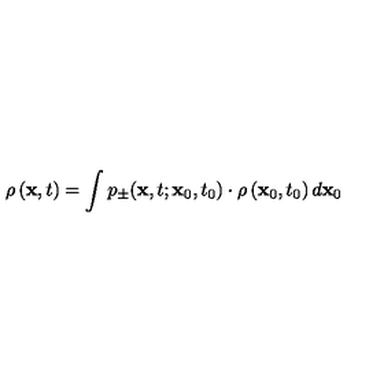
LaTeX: \rho \left( { \bf x } , t \right) = \int p _ { \pm } ( { \bf x } , t ; { \bf x } _ { 0 } , t _ { 0 } ) \cdot \rho \left( { \bf x } _ { 0 } , t _ { 0 } \right) d { \bf x } _ { 0 }